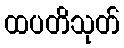
ထပတိသုတ်